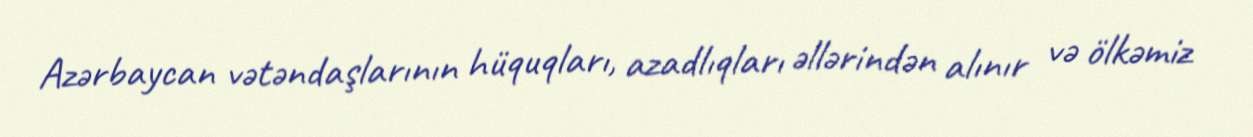
Azərbaycan vətəndaşlarının hüquqları, azadlıqları əllərindən alınır və ölkəmiz